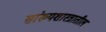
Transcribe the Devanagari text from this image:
सांख्यशास्त्रातील